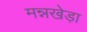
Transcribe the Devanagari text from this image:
मन्नखेड़ा